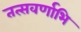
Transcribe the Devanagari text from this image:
तत्सवर्णाभि